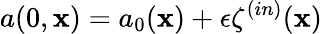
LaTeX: a(0,\mathbf{x})=a_{0}(\mathbf{x})+\epsilon\zeta^{(in)}(\mathbf{x})